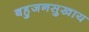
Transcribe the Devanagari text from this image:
बहुजनसुखाय